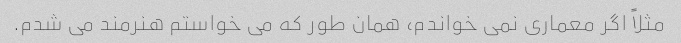
مثلاً اگر معماری نمی خواندم، همان طور که می خواستم هنرمند می شدم.